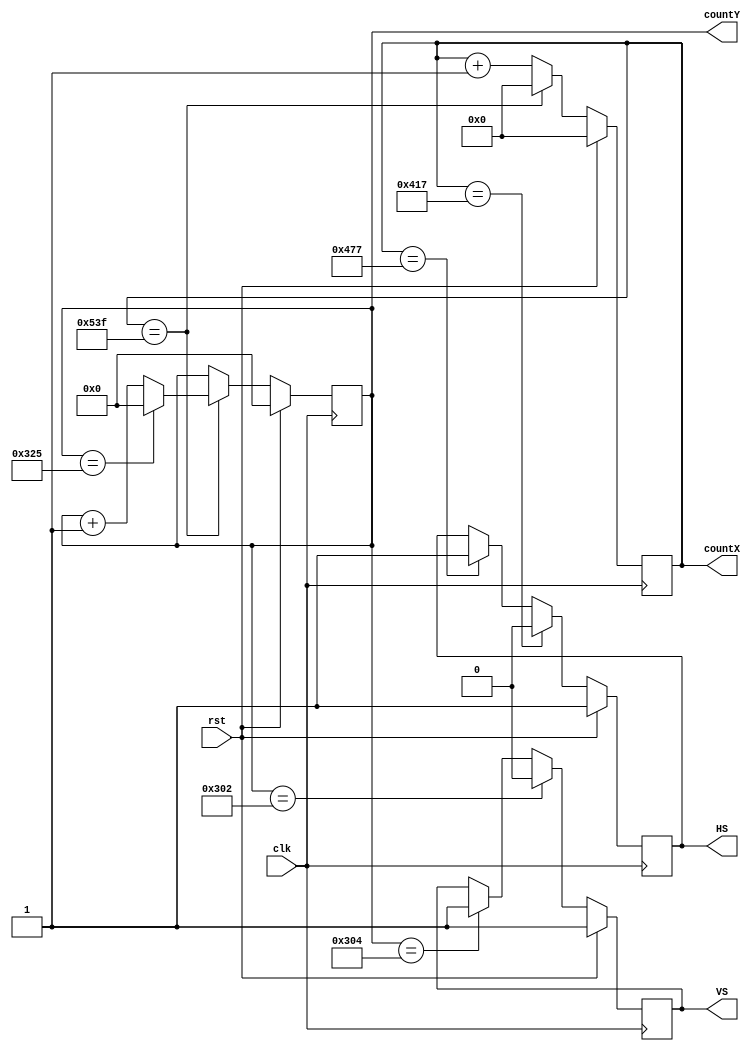
// 1024 x 768 VGA controller
// Description:
// - Requires pixel clock of 65 MHz
// - Loops addressable pixel values, front porch, sync and back porch times

module VGA_Control (
  input clk,                // pixel clock of 65 MHz
  input rst,
  output reg HS,            // horizontal sync
  output reg VS,            // vertical sync 
  output reg [10:0] countX, // current X position on screen
  output reg [9:0] countY   // current Y position on screen
);

always @(posedge clk) begin
  if(rst) begin
    countX <= 0;
    countY <= 0;
    HS <= 1; 
    VS <= 1;
  end else begin
    if (countX == 1343) begin
      countX <= 0;
      if (countY == 805) countY <= 0;
      else countY <= countY + 1'b1;
    end else countX <= countX + 1'b1;
    if      (countX == 1047) HS <= 0; // start horizontal sync-pulse of 96
    else if (countX == 1143) HS <= 1; // end horizontal sync-pulse of 96
    if      (countY == 770) VS <= 0;  // start vertical sync-pulse of 2
    else if (countY == 772) VS <= 1;  // end vertical sync-pulse of 2
  end
end

endmodule